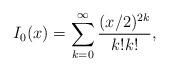
LaTeX: \begin{align*}I_0(x)=\sum_{k=0}^{\infty} \frac{(x/2)^{2k}}{k!k!},\end{align*}